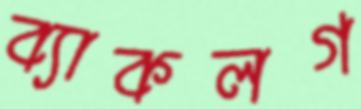
ব্যাকলগ